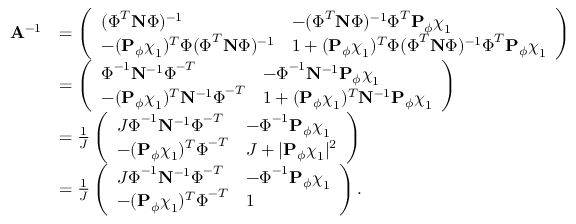
\begin{array} { r l } { { \bf A } ^ { - 1 } } & { = \left( \begin{array} { l l } { ( \boldsymbol { \Phi } ^ { T } { \bf N } \boldsymbol { \Phi } ) ^ { - 1 } } & { - ( \boldsymbol { \Phi } ^ { T } { \bf N } \boldsymbol { \Phi } ) ^ { - 1 } \boldsymbol { \Phi } ^ { T } { \bf P } _ { \phi } \boldsymbol { \chi } _ { 1 } } \\ { - ( { \bf P } _ { \phi } \boldsymbol { \chi } _ { 1 } ) ^ { T } \boldsymbol { \Phi } ( \boldsymbol { \Phi } ^ { T } { \bf N } \boldsymbol { \Phi } ) ^ { - 1 } } & { 1 + ( { \bf P } _ { \phi } \boldsymbol { \chi } _ { 1 } ) ^ { T } \boldsymbol { \Phi } ( \boldsymbol { \Phi } ^ { T } { \bf N } \boldsymbol { \Phi } ) ^ { - 1 } \boldsymbol { \Phi } ^ { T } { \bf P } _ { \phi } \boldsymbol { \chi } _ { 1 } } \end{array} \right) } \\ & { = \left( \begin{array} { l l } { \boldsymbol { \Phi } ^ { - 1 } { \bf N } ^ { - 1 } \boldsymbol { \Phi } ^ { - T } } & { - \boldsymbol { \Phi } ^ { - 1 } { \bf N } ^ { - 1 } { \bf P } _ { \phi } \boldsymbol { \chi } _ { 1 } } \\ { - ( { \bf P } _ { \phi } \boldsymbol { \chi } _ { 1 } ) ^ { T } { \bf N } ^ { - 1 } \boldsymbol { \Phi } ^ { - T } } & { 1 + ( { \bf P } _ { \phi } \boldsymbol { \chi } _ { 1 } ) ^ { T } { \bf N } ^ { - 1 } { \bf P } _ { \phi } \boldsymbol { \chi } _ { 1 } } \end{array} \right) } \\ & { = \frac { 1 } { J } \left( \begin{array} { l l } { J \boldsymbol { \Phi } ^ { - 1 } { \bf N } ^ { - 1 } \boldsymbol { \Phi } ^ { - T } } & { - \boldsymbol { \Phi } ^ { - 1 } { \bf P } _ { \phi } \boldsymbol { \chi } _ { 1 } } \\ { - ( { \bf P } _ { \phi } \boldsymbol { \chi } _ { 1 } ) ^ { T } \boldsymbol { \Phi } ^ { - T } } & { J + | { \bf P } _ { \phi } \boldsymbol { \chi } _ { 1 } | ^ { 2 } } \end{array} \right) } \\ & { = \frac { 1 } { J } \left( \begin{array} { l l } { J \boldsymbol { \Phi } ^ { - 1 } { \bf N } ^ { - 1 } \boldsymbol { \Phi } ^ { - T } } & { - \boldsymbol { \Phi } ^ { - 1 } { \bf P } _ { \phi } \boldsymbol { \chi } _ { 1 } } \\ { - ( { \bf P } _ { \phi } \boldsymbol { \chi } _ { 1 } ) ^ { T } \boldsymbol { \Phi } ^ { - T } } & { 1 } \end{array} \right) . } \end{array}